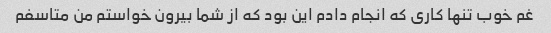
غم خوب تنها کاری که انجام دادم این بود که از شما بیرون خواستم من متاسفم